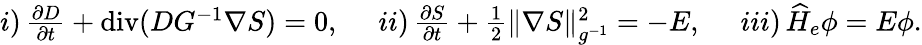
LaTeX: \begin{array}{r}{i)\, \frac{\partial D}{\partial t}+\operatorname{div}(DG^{-1}\nabla S)=0,\quad\, \, ii)\, \frac{\partial S}{\partial t}+\frac 12\| \nabla S\| _{g^{-1}}^{2}=-E,\quad\, \, iii)\, \widehat H_{e}\phi=E\phi.}\end{array}